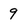
Character: 9